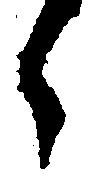
々